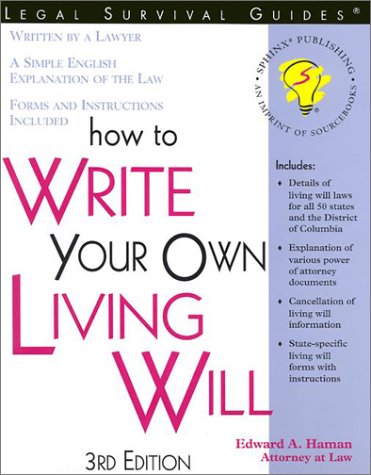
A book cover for How to Write Your Own Living Will; Edward A. Haman; Law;